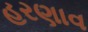
હરણાવ